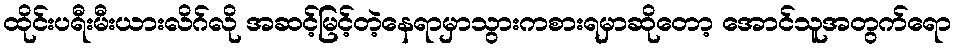
ထိုင်းပရီးမီးယားလိဂ်လို အဆင့်မြင့်တဲ့နေရာမှာသွားကစားရမှာဆိုတော့ အောင်သူအတွက်ရော